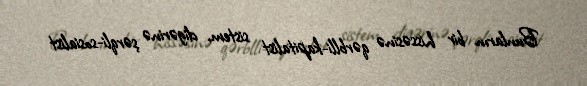
Bunların bir hissəsinə qərblli-kapitalist sistem, digərinə şərqli-sosialist